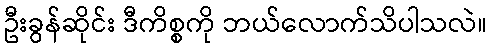
ဦးခွန်ဆိုင်း ဒီကိစ္စကို ဘယ်လောက်သိပါသလဲ။